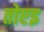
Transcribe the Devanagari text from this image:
तोएइ